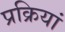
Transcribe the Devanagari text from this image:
प्रक्रियां